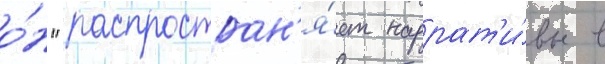
о́н "распростран'я́ет наррат'и́вы в